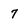
Character: 7